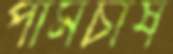
পামচাষ